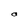
Character: O